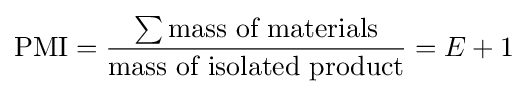
{\text{PMI}}={\frac {\sum {\text{mass of materials}}}{\text{mass of isolated product}}}=E+1